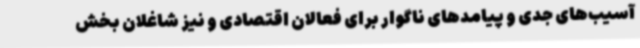
آسیب‌های جدی و پیامدهای ناگوار برای فعالان اقتصادی و نیز شاغلان بخش